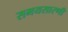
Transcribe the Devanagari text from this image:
समयसारणी